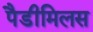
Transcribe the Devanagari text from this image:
पैडीमिलस